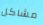
مشاكل